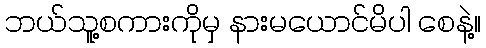
ဘယ်သူ့စကားကိုမှ နားမယောင်မိပါ စေနဲ့။